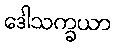
ဒေါသက္ခယာ